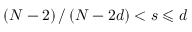
\left( N - 2 \right) / \left( N - 2 d \right) < s \leqslant d